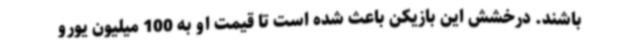
باشند. درخشش این بازیکن باعث شده است تا قیمت او به 100 میلیون یورو